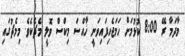
މާދަމާ ރޭ 8:00 ކުޅުމަށް ހަމަޖެހިފައިވަނީ ޚާއްސަ މިކްސް ވޮލީ މެޗެކެވެ. މިމެޗުގައި